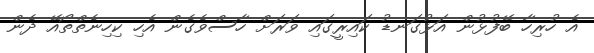
އެ ހުރިހާ ބޭފުޅުން އަޅުގަނޑު ކައިރީގައި ވަރަށް ހާސްވެގެން އެހި ކިހިނެތްތޯއޭ ދެން